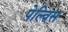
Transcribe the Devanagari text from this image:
पेल्विस